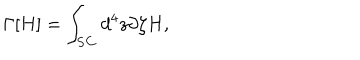
\Gamma [ H ] = \int _ { \bf S C } d ^ { 4 } z \partial \zeta H ,